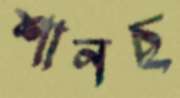
শানছ